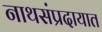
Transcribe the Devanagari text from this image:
नाथसंप्रदायात